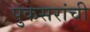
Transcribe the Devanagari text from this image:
पुंकेसरांची